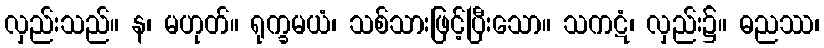
လှည်းသည်။ န၊ မဟုတ်။ ရုက္ခမယံ၊ သစ်သားဖြင့်ပြီးသော။ သကဋံ၊ လှည်း၌။ ဓညဿ၊